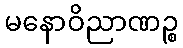
မနောဝိညာဏဉ္စ